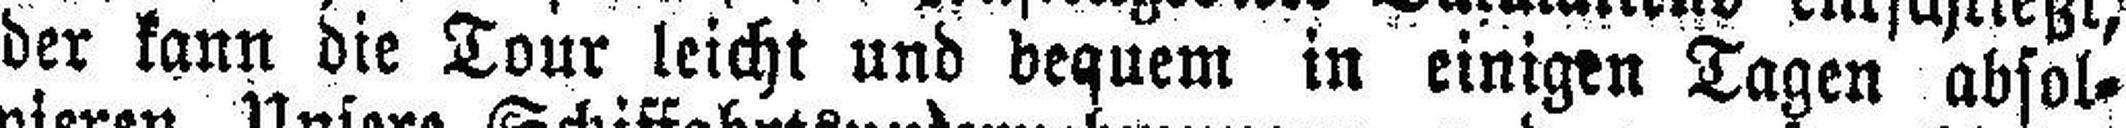
der kann die Tour leicht und bequem in einigen Tagen absol¬